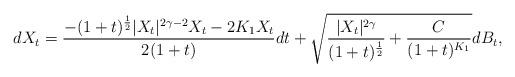
LaTeX: \begin{align*}dX_t=\frac{-(1+t)^{\frac{1}{2}}|X_t|^{2\gamma-2}X_t-2K_1X_t}{2(1+t)}dt+\sqrt{\frac{|X_t|^{2\gamma}}{(1+t)^\frac{1}{2}}+\frac{C}{(1+t)^{K_1}}}dB_t,\end{align*}